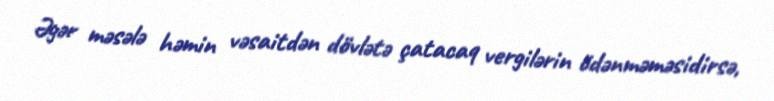
Əgər məsələ həmin vəsaitdən dövlətə çatacaq vergilərin ödənməməsidirsə,